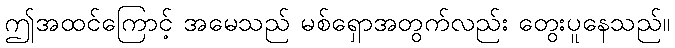
ဤအထင်ကြောင့် အမေသည် မစ်ရှောအတွက်လည်း တွေးပူနေသည်။